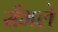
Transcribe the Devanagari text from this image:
सँभले